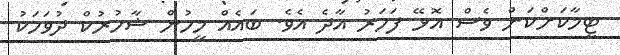
ޓީމާކަށްކަން ވެސް އޮޅޭ ފަހަރު އާދެ އެވެ. ބައެއް މީހުން ޝާހުރުކް ދުވަހަކު